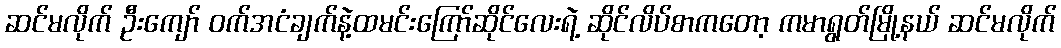
ဆင်မလိုက် ဦးကျော် ဝက်အငံချက်နဲ့ထမင်းကြော်ဆိုင်လေးရဲ့ ဆိုင်လိပ်စာကတော့ ကမာရွတ်မြို့နယ် ဆင်မလိုက်